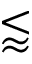
\lessapprox